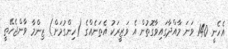
އެހެނީ 140 ވަނަ މާއްދާގައިވާގޮތުން އެ ވަޒީރަކު އެތަނެއްގެ (ހިންގުމަށް) ޒިންމާ ވާންޖެހޭތީ